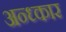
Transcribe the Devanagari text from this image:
अन्ध्कार